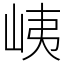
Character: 峓